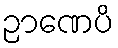
ဉာဏေပိ